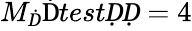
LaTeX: M_{Ḋ}\mathrm{Ḋ}testḌḌ=4